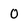
Character: 0